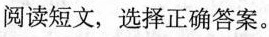
阅读短文,选择正确答案。